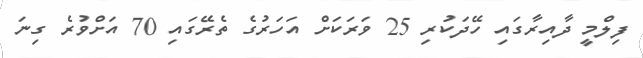
ފިލްމީ ދާއިރާގައި ހޭދަކުރި 25 ވަރަކަށް އަހަރުގެ ތެރޭގައި 70 އަށްވުރެ ގިނަ